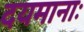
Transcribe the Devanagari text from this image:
दयमानाः